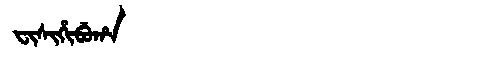
Manchu: ᠸᡳᠰᡳᡥᡳᠪᡠᡥᠠ
Romanization: FISIHIBUHA